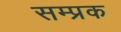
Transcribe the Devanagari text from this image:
सम्प्रक